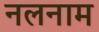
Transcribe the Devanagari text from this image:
नलनाम